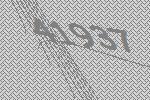
41937